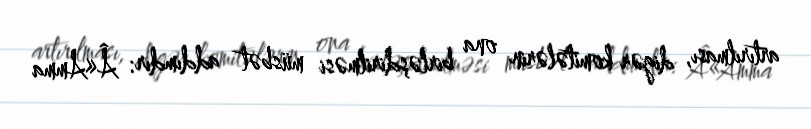
artırılması, digər komitələrin ona birləşdirilməsi müsbət addımdır: Â«Amma